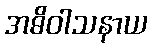
အဓိဝါသနာယ